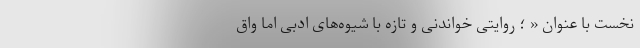
نخست با عنوان «‌ ؛ روایتی خواندنی و تازه با شیوه‌های ادبی اما واق